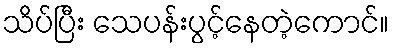
သိပ်ပြီး သေပန်းပွင့်နေတဲ့ကောင်။